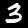
Digit: 3